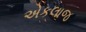
એકલાજ